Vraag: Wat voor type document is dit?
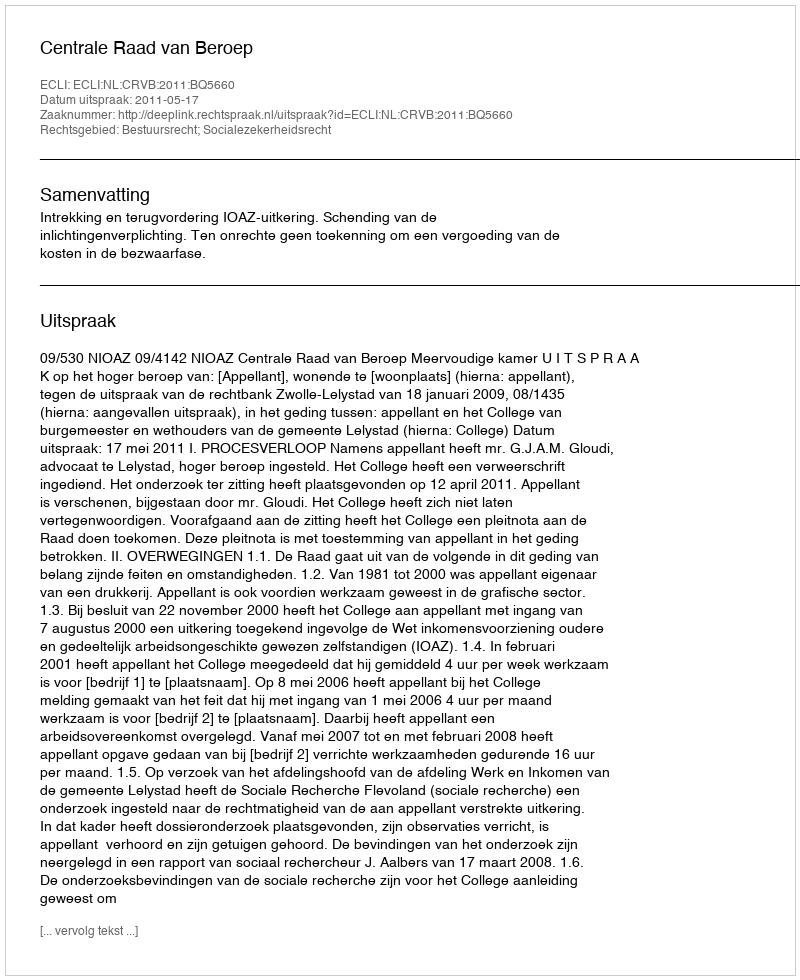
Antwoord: Uitspraak